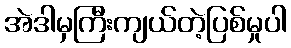
အဲဒါမှကြီးကျယ်တဲ့ပြစ်မှုပါ